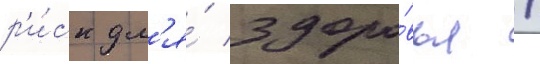
р'и́ск дл'я́ здоро́вья /